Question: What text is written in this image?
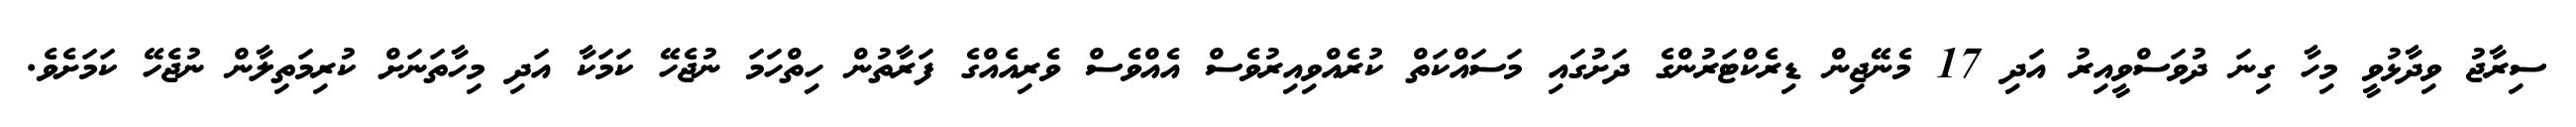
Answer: ސިރާޖު ވިދާޅުވީ މިހާ ގިނަ ދުވަސްވީއިރު އަދި 17 މެނޭޖިން ޑިރެކްޓަރުންގެ ދަށުގައި މަސައްކަތް ކުރެއްވިއިރުވެސް އެއްވެސް ވެރިއެއްގެ ފަރާތުން ހިތްހަމަ ނުޖެހޭ ކަމަކާ އަދި މިހާތަނަށް ކުރިމަތިލާން ނުޖެހޭ ކަމަށެވެ.